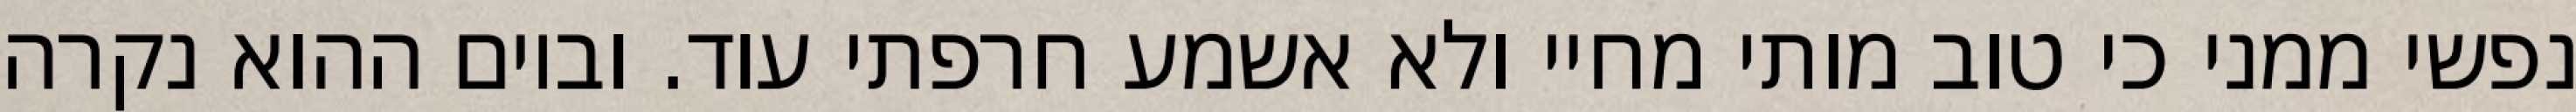
נפשי ממני כי טוב מותי מחיי ולא אשמע חרפתי עוד. וביום ההוא נקרה